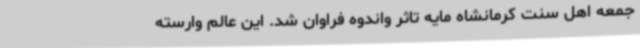
جمعه اهل سنت کرمانشاه مایه تاثر واندوه فراوان شد. این عالم وارسته